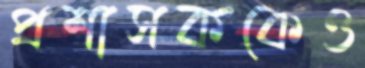
প্রশাসককেও